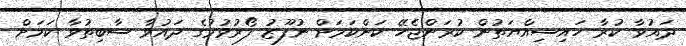
ދައުވާ ކުރާ ހައިސިއްޔަތުން ކުރަންޖެހޭ ކަންކަމަށް ނުފޫޒު ފޯރުވުމުގެ ދައުވާ ސާބިތުވާ ކަމަށް